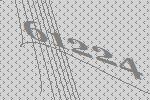
61224